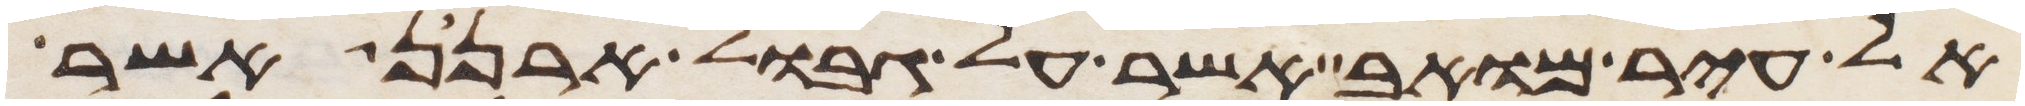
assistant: אל עיר מואב אשר על גבול ארנן אשר